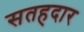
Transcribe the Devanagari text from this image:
सतहदार